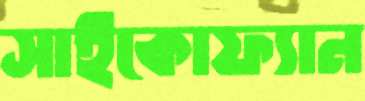
সাইকোফ্যান